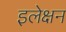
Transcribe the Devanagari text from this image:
इलेक्षन